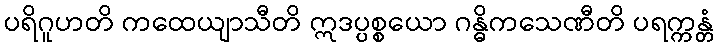
ပရိဂူဟတိ ကထေယျာသီတိ ဣဒပ္ပစ္စယော ဂန္ဓိကသေဏီတိ ပရက္ကန္တံ